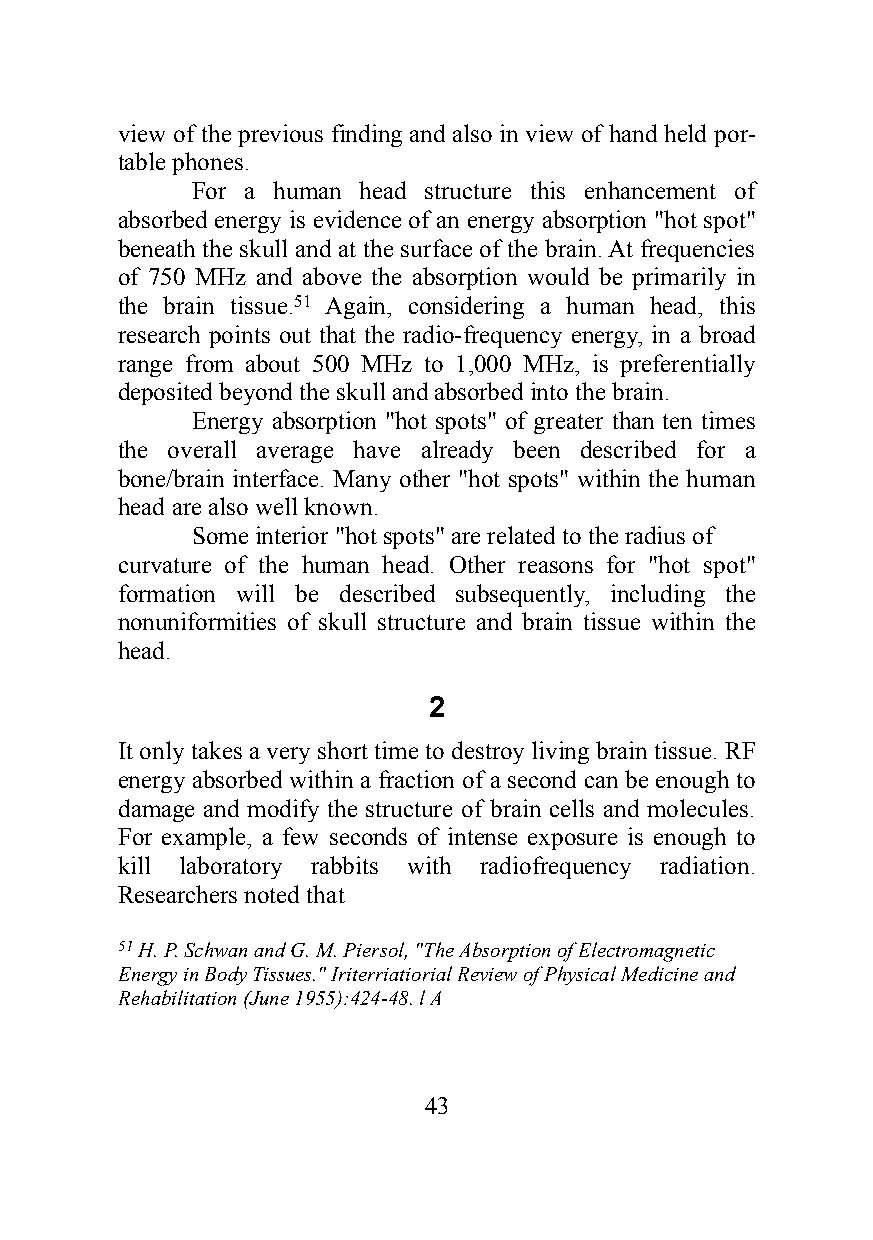
view of the previous finding and also in view of hand held por-
 table phones.
 For a human head structure this enhancement of
 absorbed energy is evidence of an energy absorption "hot spot"
 beneath the skull and at the surface of the brain. At frequencies
 of 750 MHz and above the absorption would be primarily in
 the brain tissue.51 Again, considering a human head, this
 research points out that the radio-frequency energy, in a broad
 range from about 500 MHz to 1,000 MHz, is preferentially
 deposited beyond the skull and absorbed into the brain.
 Energy absorption "hot spots" of greater than ten times
 the overall average have already been described for a
 bone/brain interface. Many other "hot spots" within the human
 head are also well known.
 Some interior "hot spots" are related to the radius of
 curvature of the human head. Other reasons for "hot spot"
 formation will be described subsequently, including the
 nonuniformities of skull structure and brain tissue within the
 head.
 2
 It only takes a very short time to destroy living brain tissue. RF
 energy absorbed within a fraction of a second can be enough to
 damage and modify the structure of brain cells and molecules.
 For example, a few seconds of intense exposure is enough to
 kill laboratory rabbits with radiofrequency radiation.
 Researchers noted that
 51 H. P. Schwan and G. M. Piersol, "The Absorption of Electromagnetic
 Energy in Body Tissues." Iriterriatiorial Review of Physical Medicine and
 Rehabilitation (June 1955):424-48. l A
 43